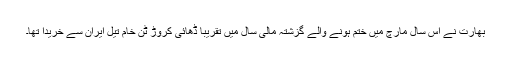
بھارت نے اس سال مارچ میں ختم ہونے والے گزشتہ مالی سال میں تقریباً ڈھائی کروڑ ٹن خام تیل ایران سے خریدا تھا۔